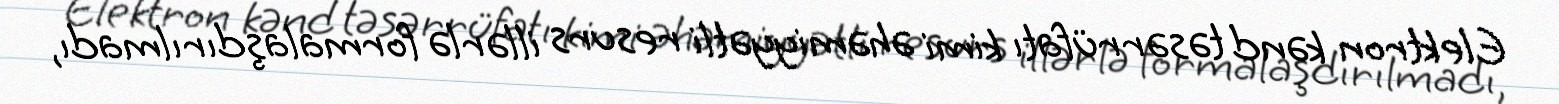
Elektron kənd təsərrüfatı kimi əhəmiyyətli resurs illərlə formalaşdırılmadı,